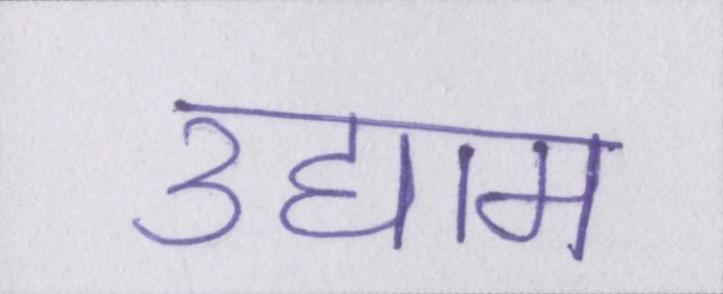
उद्याम